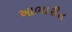
આભારીત